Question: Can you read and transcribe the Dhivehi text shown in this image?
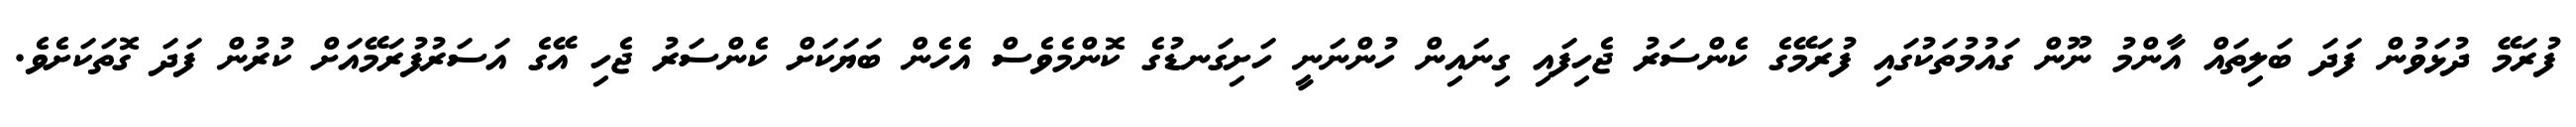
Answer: ފުރަމޭ ދުޅަވުން ފަދަ ބަލިތައް އާންމު ނޫން ގައުމުތަކުގައި ފުރަމޭގެ ކެންސަރު ޖެހިފައި ގިނައިން ހުންނަނީ ހަށިގަނޑުގެ ކޮންމެވެސް އެހެން ބަޔަކަށް ކެންސަރު ޖެހި އޭގެ އަސަރުފުރަމޭއަށް ކުރުން ފަދަ ގޮތަކަށެވެ.